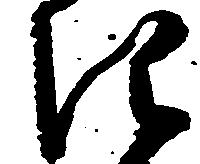
き